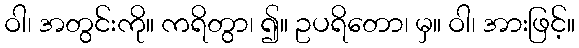
ဝါ၊ အတွင်းကို။ ကရိတွာ၊ ၍။ ဥပရိတော၊ မှ။ ဝါ၊ အားဖြင့်။